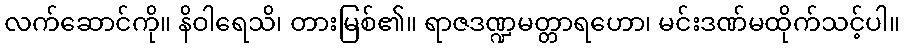
လက်ဆောင်ကို။ နိဝါရေသိ၊ တားမြစ်၏။ ရာဇဒဏ္ဍမတ္တာရဟော၊ မင်းဒဏ်မထိုက်သင့်ပါ။